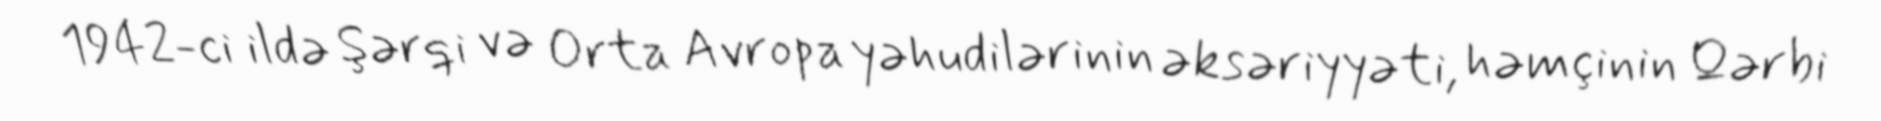
1942-ci ildə Şərqi və Orta Avropa yəhudilərinin əksəriyyəti, həmçinin Qərbi